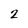
Character: 2